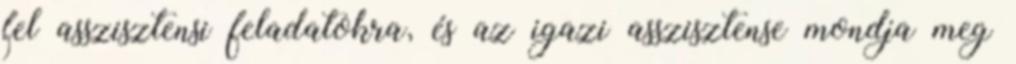
fel asszisztensi feladatokra, és az igazi asszisztense mondja meg